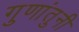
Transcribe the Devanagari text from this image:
गुणांतुनी